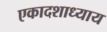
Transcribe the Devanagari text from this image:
एकादशाध्याय